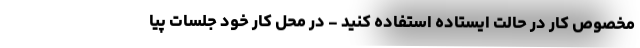
مخصوص کار در حالت ایستاده استفاده کنید - در محل کار خود جلسات پیا